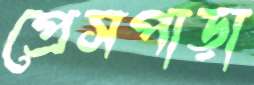
প্রেসপাড়া